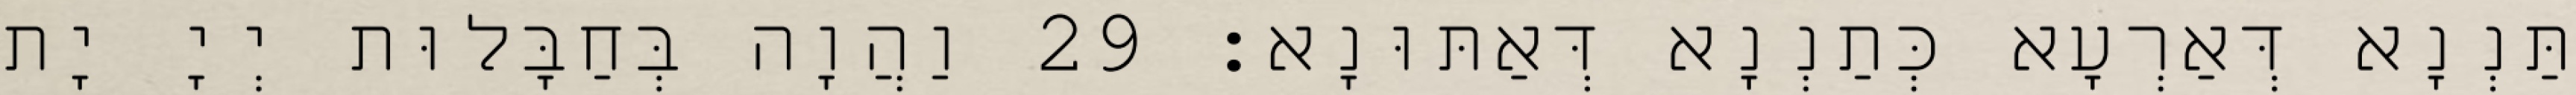
תַּנְנָא דְּאַרְעָא כְּתַנְנָא דְּאַתּוּנָא׃ 29 וַהֲוָה בְּחַבָּלוּת יְיָ יָת